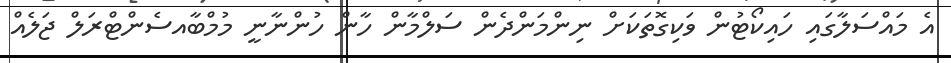
އެ މައްސަލާގައި ހައިކޯޓުން ވަކިގޮތަކަށް ނިންމަންދެން ސަލްމާން ހާން ހުންނާނީ މުމްބާއސެންޓްރަލް ޖަލެއް